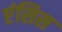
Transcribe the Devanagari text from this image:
एंसिस